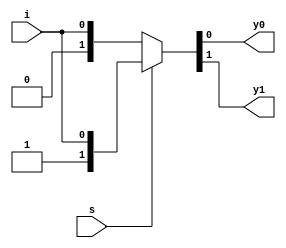
module demux1_2(s,i,y0,y1);
  input s,i;
  output reg y0,y1;
  assign {y1,y0}=s?{1,i}:{0,i};
endmodule